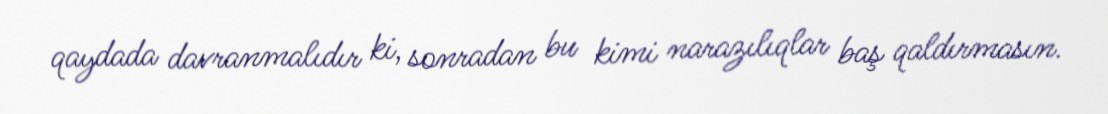
qaydada davranmalıdır ki, sonradan bu kimi narazılıqlar baş qaldırmasın.